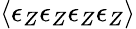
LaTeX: \langle\epsilon_{Z}\epsilon_{Z}\epsilon_{Z}\epsilon_{Z}\rangle